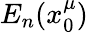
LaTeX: E_{n}(x_{0}^{\mu})